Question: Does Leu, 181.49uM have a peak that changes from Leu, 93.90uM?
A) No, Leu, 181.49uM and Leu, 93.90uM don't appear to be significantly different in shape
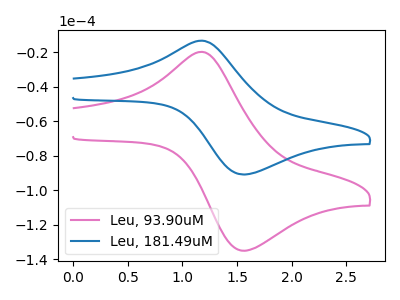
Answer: <think>The pink curve "Leu, 93.90uM" has an anodic peak at (1.15V, -19.80uA) and a cathodic peak at (1.55V, -135.05uA). The blue curve "Leu, 181.49uM" has an anodic peak at (1.15V, -13.35uA) and a cathodic peak at (1.55V, -90.85uA).
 All the peaks in "Leu, 181.49uM" have a peak in "Leu, 93.90uM" at the same potential.</think>
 <answer>A) No, "Leu, 181.49uM" and "Leu, 93.90uM" don't appear to be significantly different in shape</answer>
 <eval>A</eval>